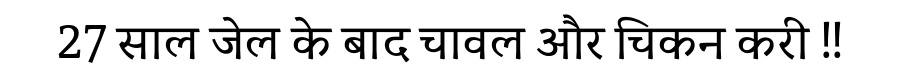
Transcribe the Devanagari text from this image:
27 साल जेल के बाद चावल और चिकन करी !!